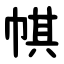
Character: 帺